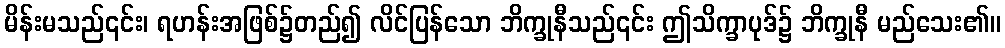
မိန်းမသည်၎င်း၊ ရဟန်းအဖြစ်၌တည်၍ လိင်ပြန်သော ဘိက္ခုနီသည်၎င်း ဤသိက္ခာပုဒ်၌ ဘိက္ခုနီ မည်သေး၏။